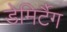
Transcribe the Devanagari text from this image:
डेमिर्टैग